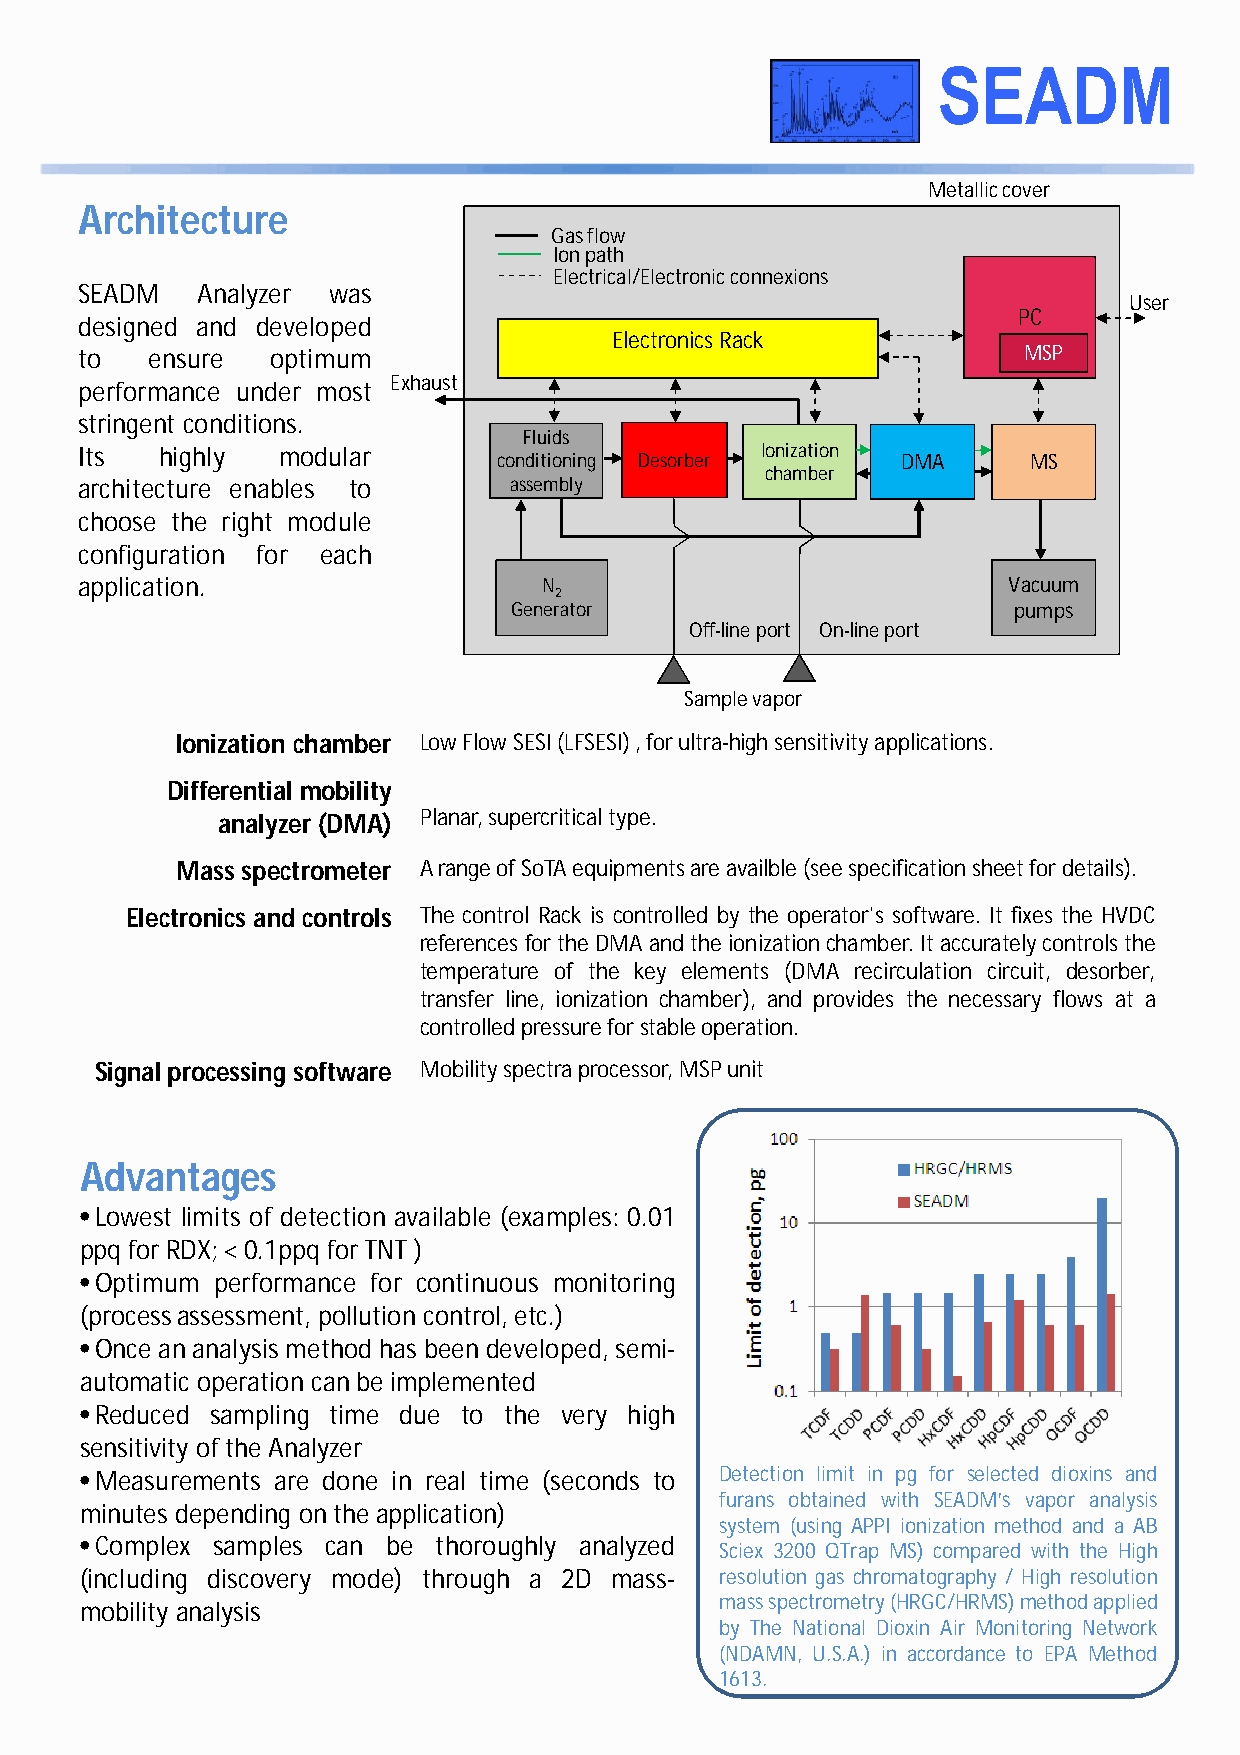
Metallic cover
 Architecture
 Gas flow
 Ion path
 Electrical/Electronic connexions
 SEADM   Analyzer was
 User
 PC
 designed and developed
 Electronics Rack
 to   ensure  optimum                                           MSP
 Exhaust
 performance under most
 stringent conditions.
 Fluids
 Its  highly  modular                         Ionization
 conditioning Desorber      DMA     MS
 chamber
 architecture enables to      assembly
 choose the right module
 configuration for each
 application.                   N                              Vacuum
 2
 Generator                        pumps
 Off-line port On-line port
 Sample vapor
 Ionization chamber Low Flow SESI (LFSESI) ,for ultra-high sensitivity applications.
 Differential mobility
 analyzer (DMA) Planar,supercritical type.
 Mass spectrometer A range of SoTA equipments are availble (see specification sheet for details).
 Electronics and controls The control Rack is controlled by the operator's software. It fixes the HVDC
 referencesfortheDMAandtheionizationchamber.Itaccuratelycontrolsthe
 temperature of the key elements (DMA recirculation circuit, desorber,
 transfer line, ionization chamber), and provides the necessary flows at a
 controlledpressureforstableoperation.
 Signalprocessing software Mobilityspectra processor, MSP unit
 Advantages
 •Lowest limits of detection available (examples: 0.01
 ppq forRDX;< 0.1ppq forTNT )
 •Optimum performance for continuous monitoring
 (processassessment, pollution control, etc.)
 •Once an analysis method has been developed,semi-
 automatic operation canbe implemented
 •Reduced sampling time due to the very high
 sensitivity ofthe Analyzer
 •Measurements are done in real time (seconds to Detection limit in pg for selected dioxins and
 furans obtained with SEADM’s vapor analysis
 minutes depending onthe application)
 system (using APPI ionization method and a AB
 •Complex samples can be thoroughly analyzed
 Sciex 3200 QTrap MS) compared with the High
 (including discovery mode) through a 2D mass- resolution gas chromatography / High resolution
 massspectrometry(HRGC/HRMS)methodapplied
 mobility analysis
 by The National Dioxin Air Monitoring Network
 (NDAMN, U.S.A.) in accordance to EPA Method
 1613.